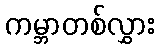
ကမ္ဘာတစ်လွှား